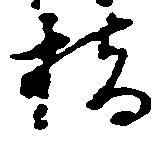
橋